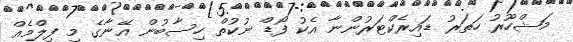
މަޝްހޫރު ހަތަރު ޑައިރެކްޓަރުންނާ އެކު ފޯޑް ނުކުތް ހިސާބުން އޭނާގެ މި ފިލްމެއް